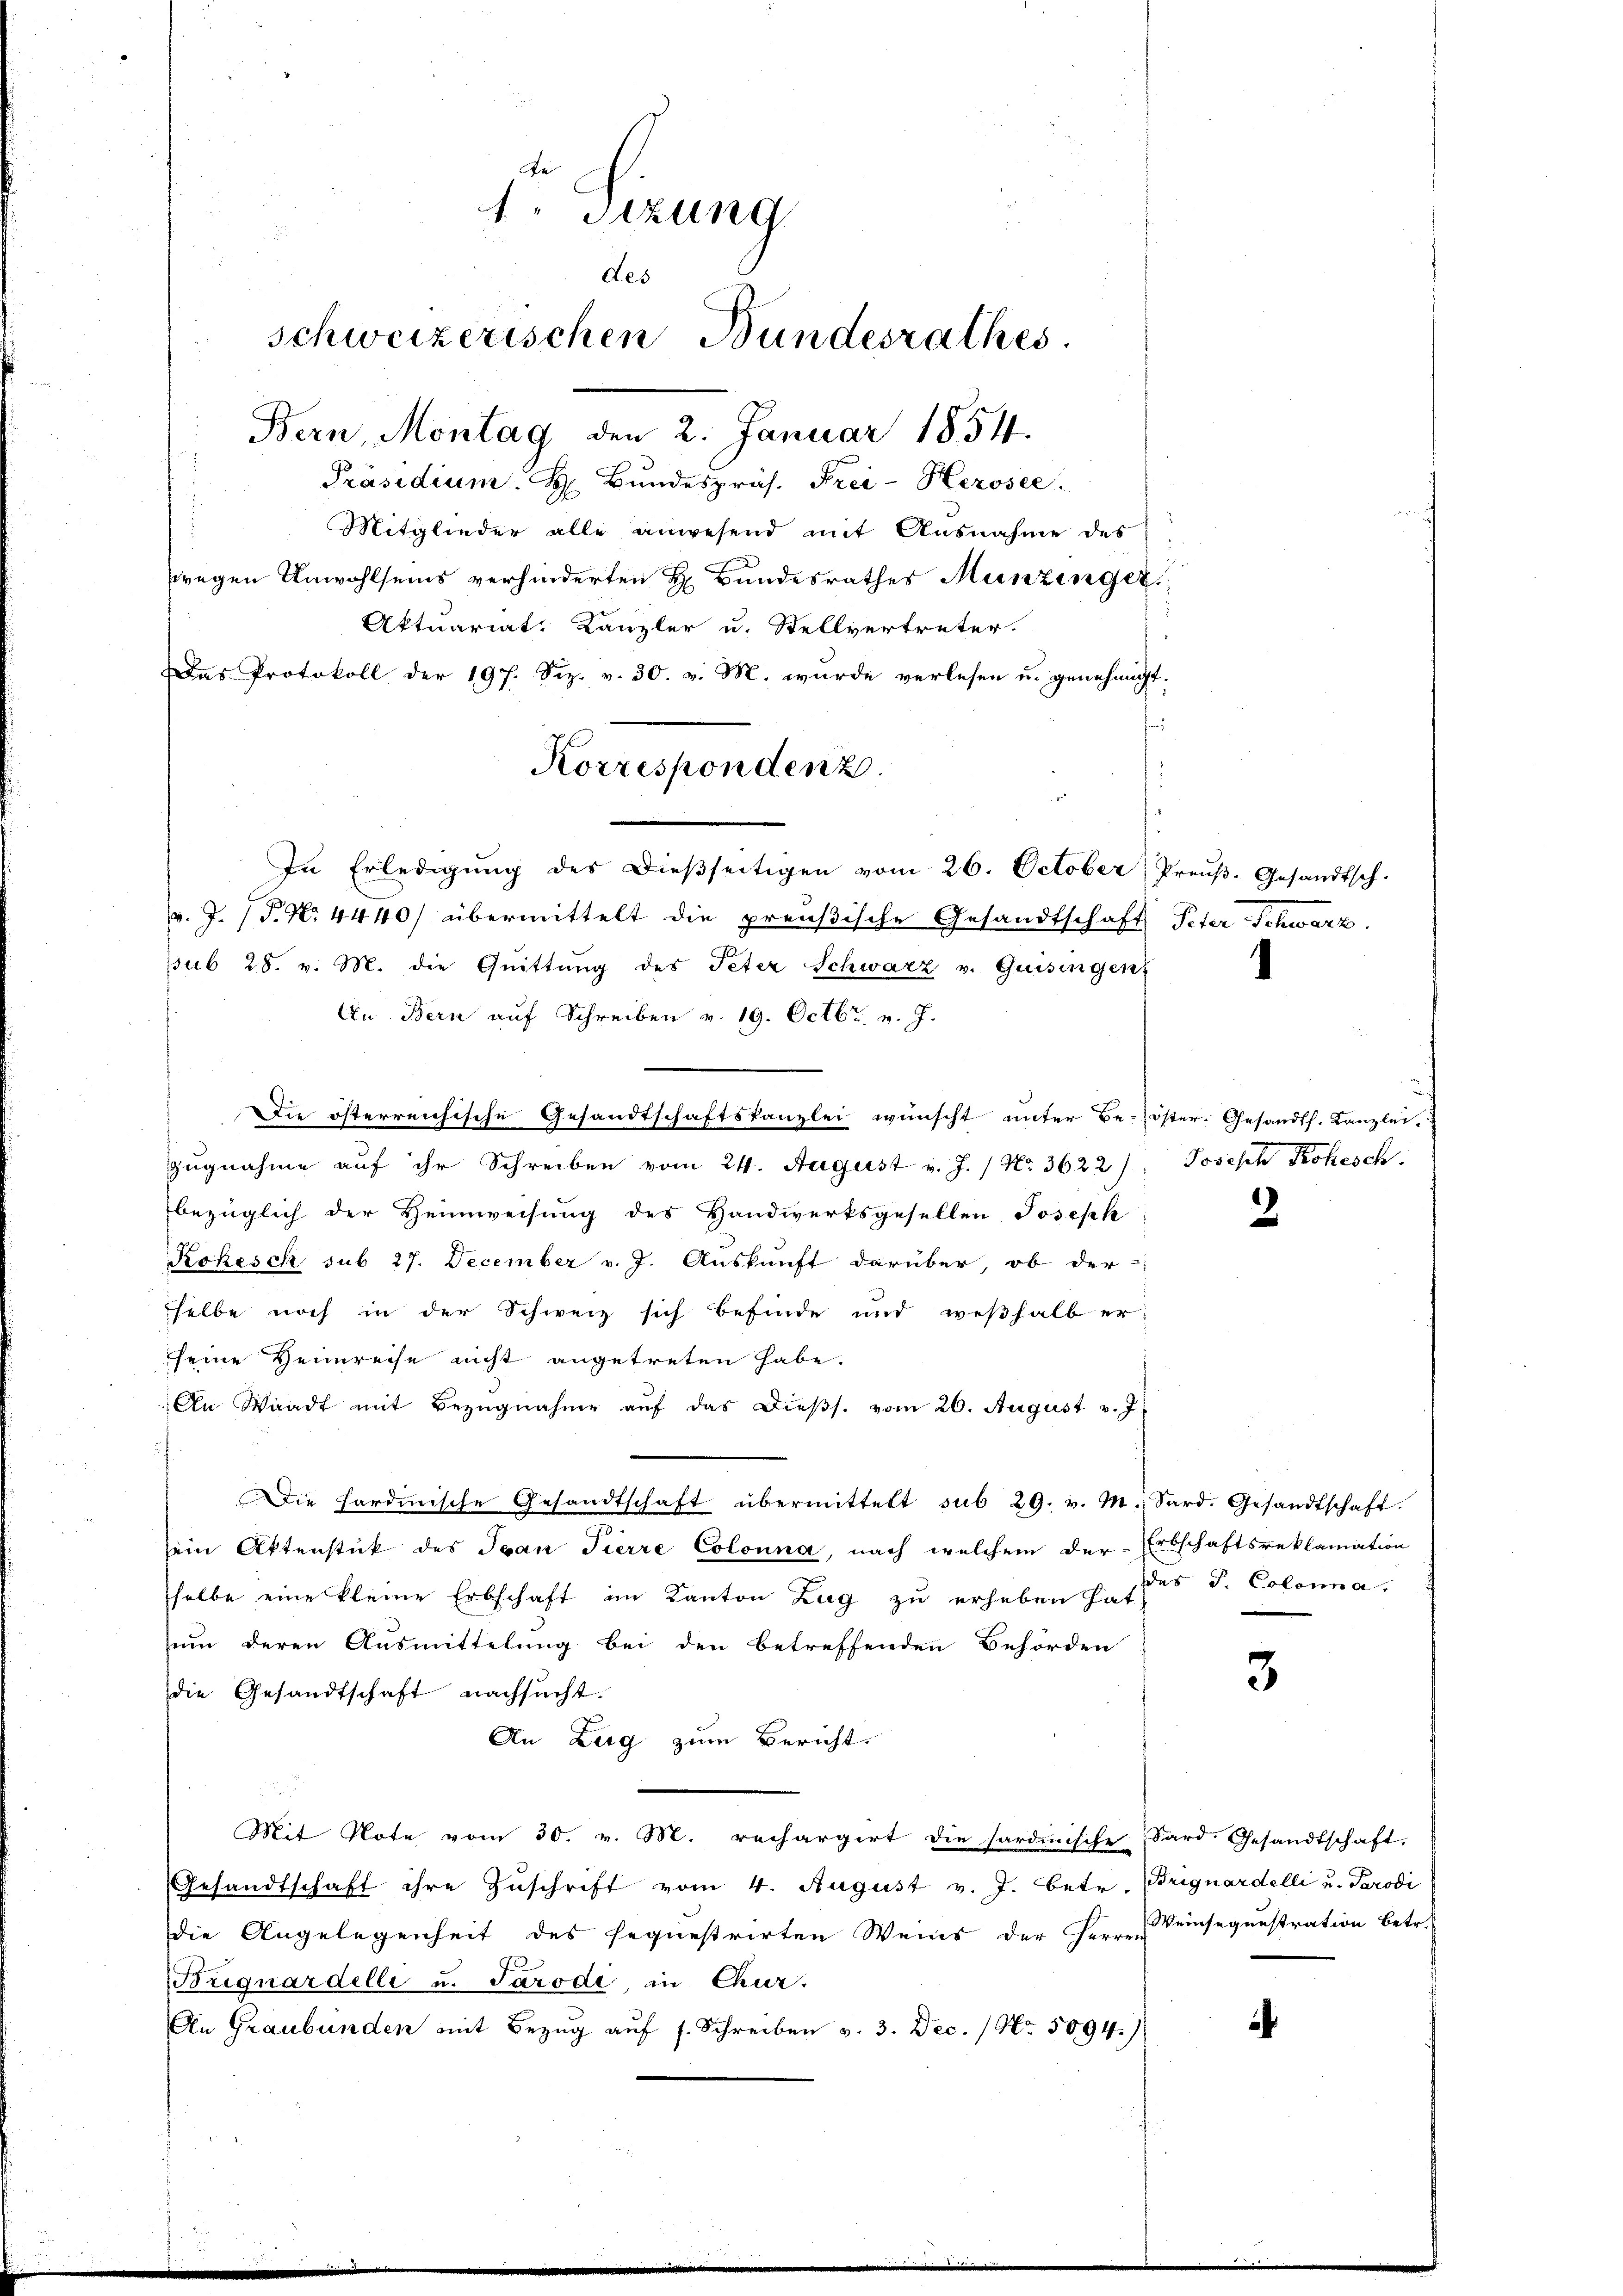
fei

v. J. P. Nr. 4440/ übermittelt die preußische Gesandtschaft Peter Schwarz.
sub 28. v. M. die Quittung des Peter Schwarz u. Quisingen
An Bern auf Schreiben v. 19. Octbr. v. J.
Die österreichische Gesandtschaftskanzlei wünscht unter Be-öster-Gesandts. Kanzlei
zugnahme auf ihr Schreiben vom 24. August v. J. / No. 3622), Joseph Rokesch
bezüglich der Heimweisung des Handwerksgesellen Joseph
Kokesch sub 27. December v. J. Auskunft darüber, ob der
selbe noch in der Schweiz sich befinde und weßhalb er-
sseine Heimreise nicht angetreten habe.
An Waadt mit Bezŭgnahme aŭf das Dieβs. vom 26. August v. J.
Die hardinische Gesandtschaft übermittelt sub 29. v. M. Sard. Gesandtschaft.
sein Aktenstück des Ivan Tierre Colonna, nach welchem der Erbschaftsreklamation
selbe eine kleine Erbschaft im Kanton Zug zu erheben hat,
um deren Ausmittelung bei den betreffenden Behörden
die Gesandtschaft nachsucht.
An Zerg zum Bericht.
Mit Note vom 30. v. M. rechargirt die sardinische Sard. Gesandtschaft,
Gesandtschaft ihre Zuschrift vom 4. August v. J. betr. Briguardelli u. Parodi
die Angelegenheit des sequestrirten Weins der Herrn Deinsequestration betr.
Brignardelle u. Parodi, in Chur,
An Graubünden mit Bezug auf s. Schreiben v. 3. Dec. No. 5094)

1. Sitzung
des
schweizerischen Bundesrathes.
Bern, Montag den 2. Januar 1854.
Präsidium. H. Bŭndespräs. Frei-Herosec
Mitglieder alle anwesend mit Ausnahme des
zwegen Unwohlseins verhinderten H. Bundesrathes Munzinger
Aktuariat Kanzler u. Stellvertreter.
Das Protokoll der 197. Siz. v. 30. v. M. wurde verlesen u. genehmigt.

Korrespondenz.
In Erledigŭng des Dieβseitigen vom 26. October, Preŭβ-Gesandtsch-

3

des J. Colona.

3

.